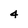
Character: 4